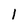
Character: 1